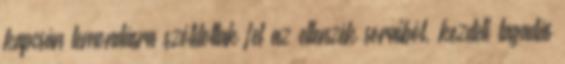
kapcsán lemondásra szólítottak fel az ellenzék soraiból, kezdeti tagadás